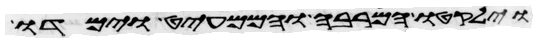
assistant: וילקטו המרבה והממעיט וימדו